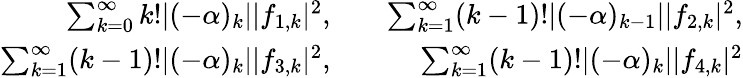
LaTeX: \begin{array}{rlr}{\sum_{k=0}^{\infty}k!|(-\alpha)_{k}||f_{1,k}|^{2},}&{}&{\sum_{k=1}^{\infty}(k-1)!|(-\alpha)_{k-1}||f_{2,k}|^{2},}\\ {\sum_{k=1}^{\infty}(k-1)!|(-\alpha)_{k}||f_{3,k}|^{2},}&{}&{\sum_{k=1}^{\infty}(k-1)!|(-\alpha)_{k}||f_{4,k}|^{2}}\end{array}